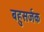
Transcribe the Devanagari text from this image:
बहुसर्जक